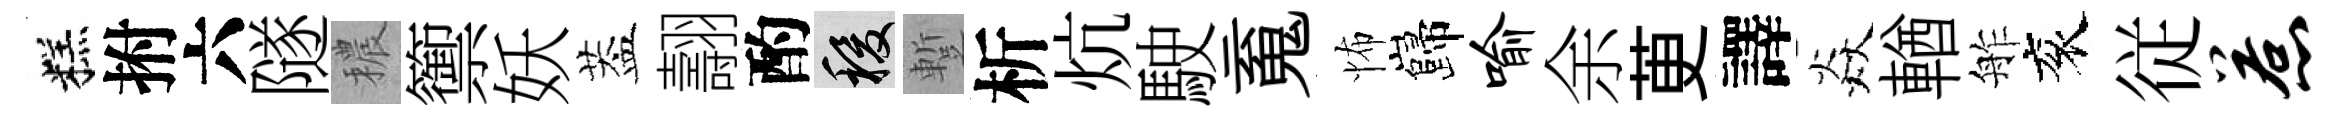
糕拊六隧穠籞妖葢翿酌稷蹔析炕駛䰟怖巋喻余茰譯焱輶舴衮従惹